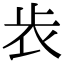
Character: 𣥏